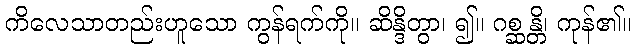
ကိလေသာတည်းဟူသော ကွန်ရက်ကို။ ဆိန္ဒိတွာ၊ ၍။ ဂစ္ဆန္တိ၊ ကုန်၏။